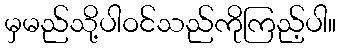
မှမည်သို့ပါဝင်သည်ကိုကြည့်ပါ။